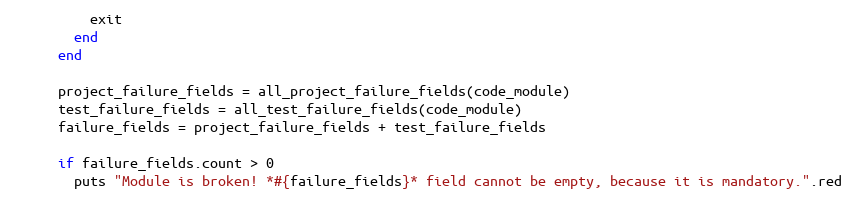
Language: Ruby
          exit
        end
      end

      project_failure_fields = all_project_failure_fields(code_module)
      test_failure_fields = all_test_failure_fields(code_module)
      failure_fields = project_failure_fields + test_failure_fields

      if failure_fields.count > 0
        puts "Module is broken! *#{failure_fields}* field cannot be empty, because it is mandatory.".red